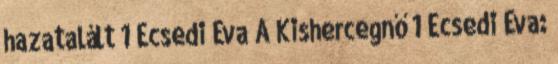
hazatalált 1 Ecsedi Éva A Kishercegnő 1 Ecsedi Éva: